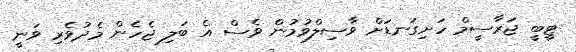
ޓީބީ ޖަރާސީމް ހަށިގަނޑަށް ވާސިލްވުމުން ވެސް އެ ބަލި ޖެހެން މެދުވެރި ވަނީ